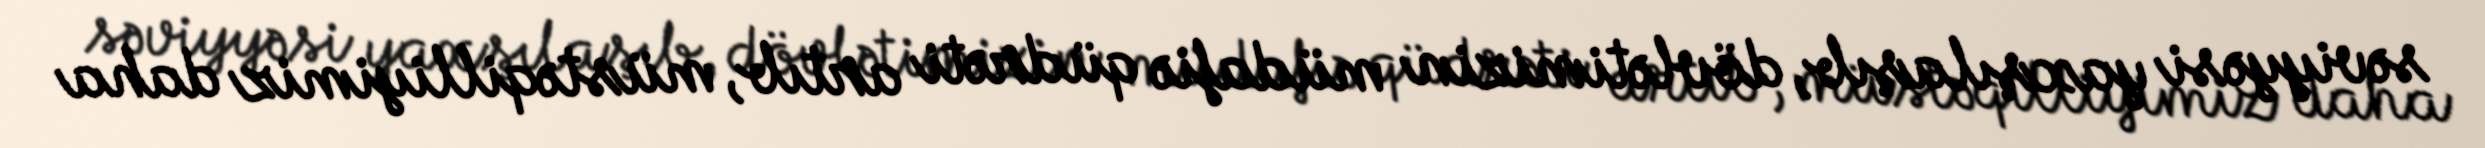
səviyyəsi yaxşılaşıb, dövlətimizin müdafiə qüdrəti artıb, müstəqilliyimiz daha